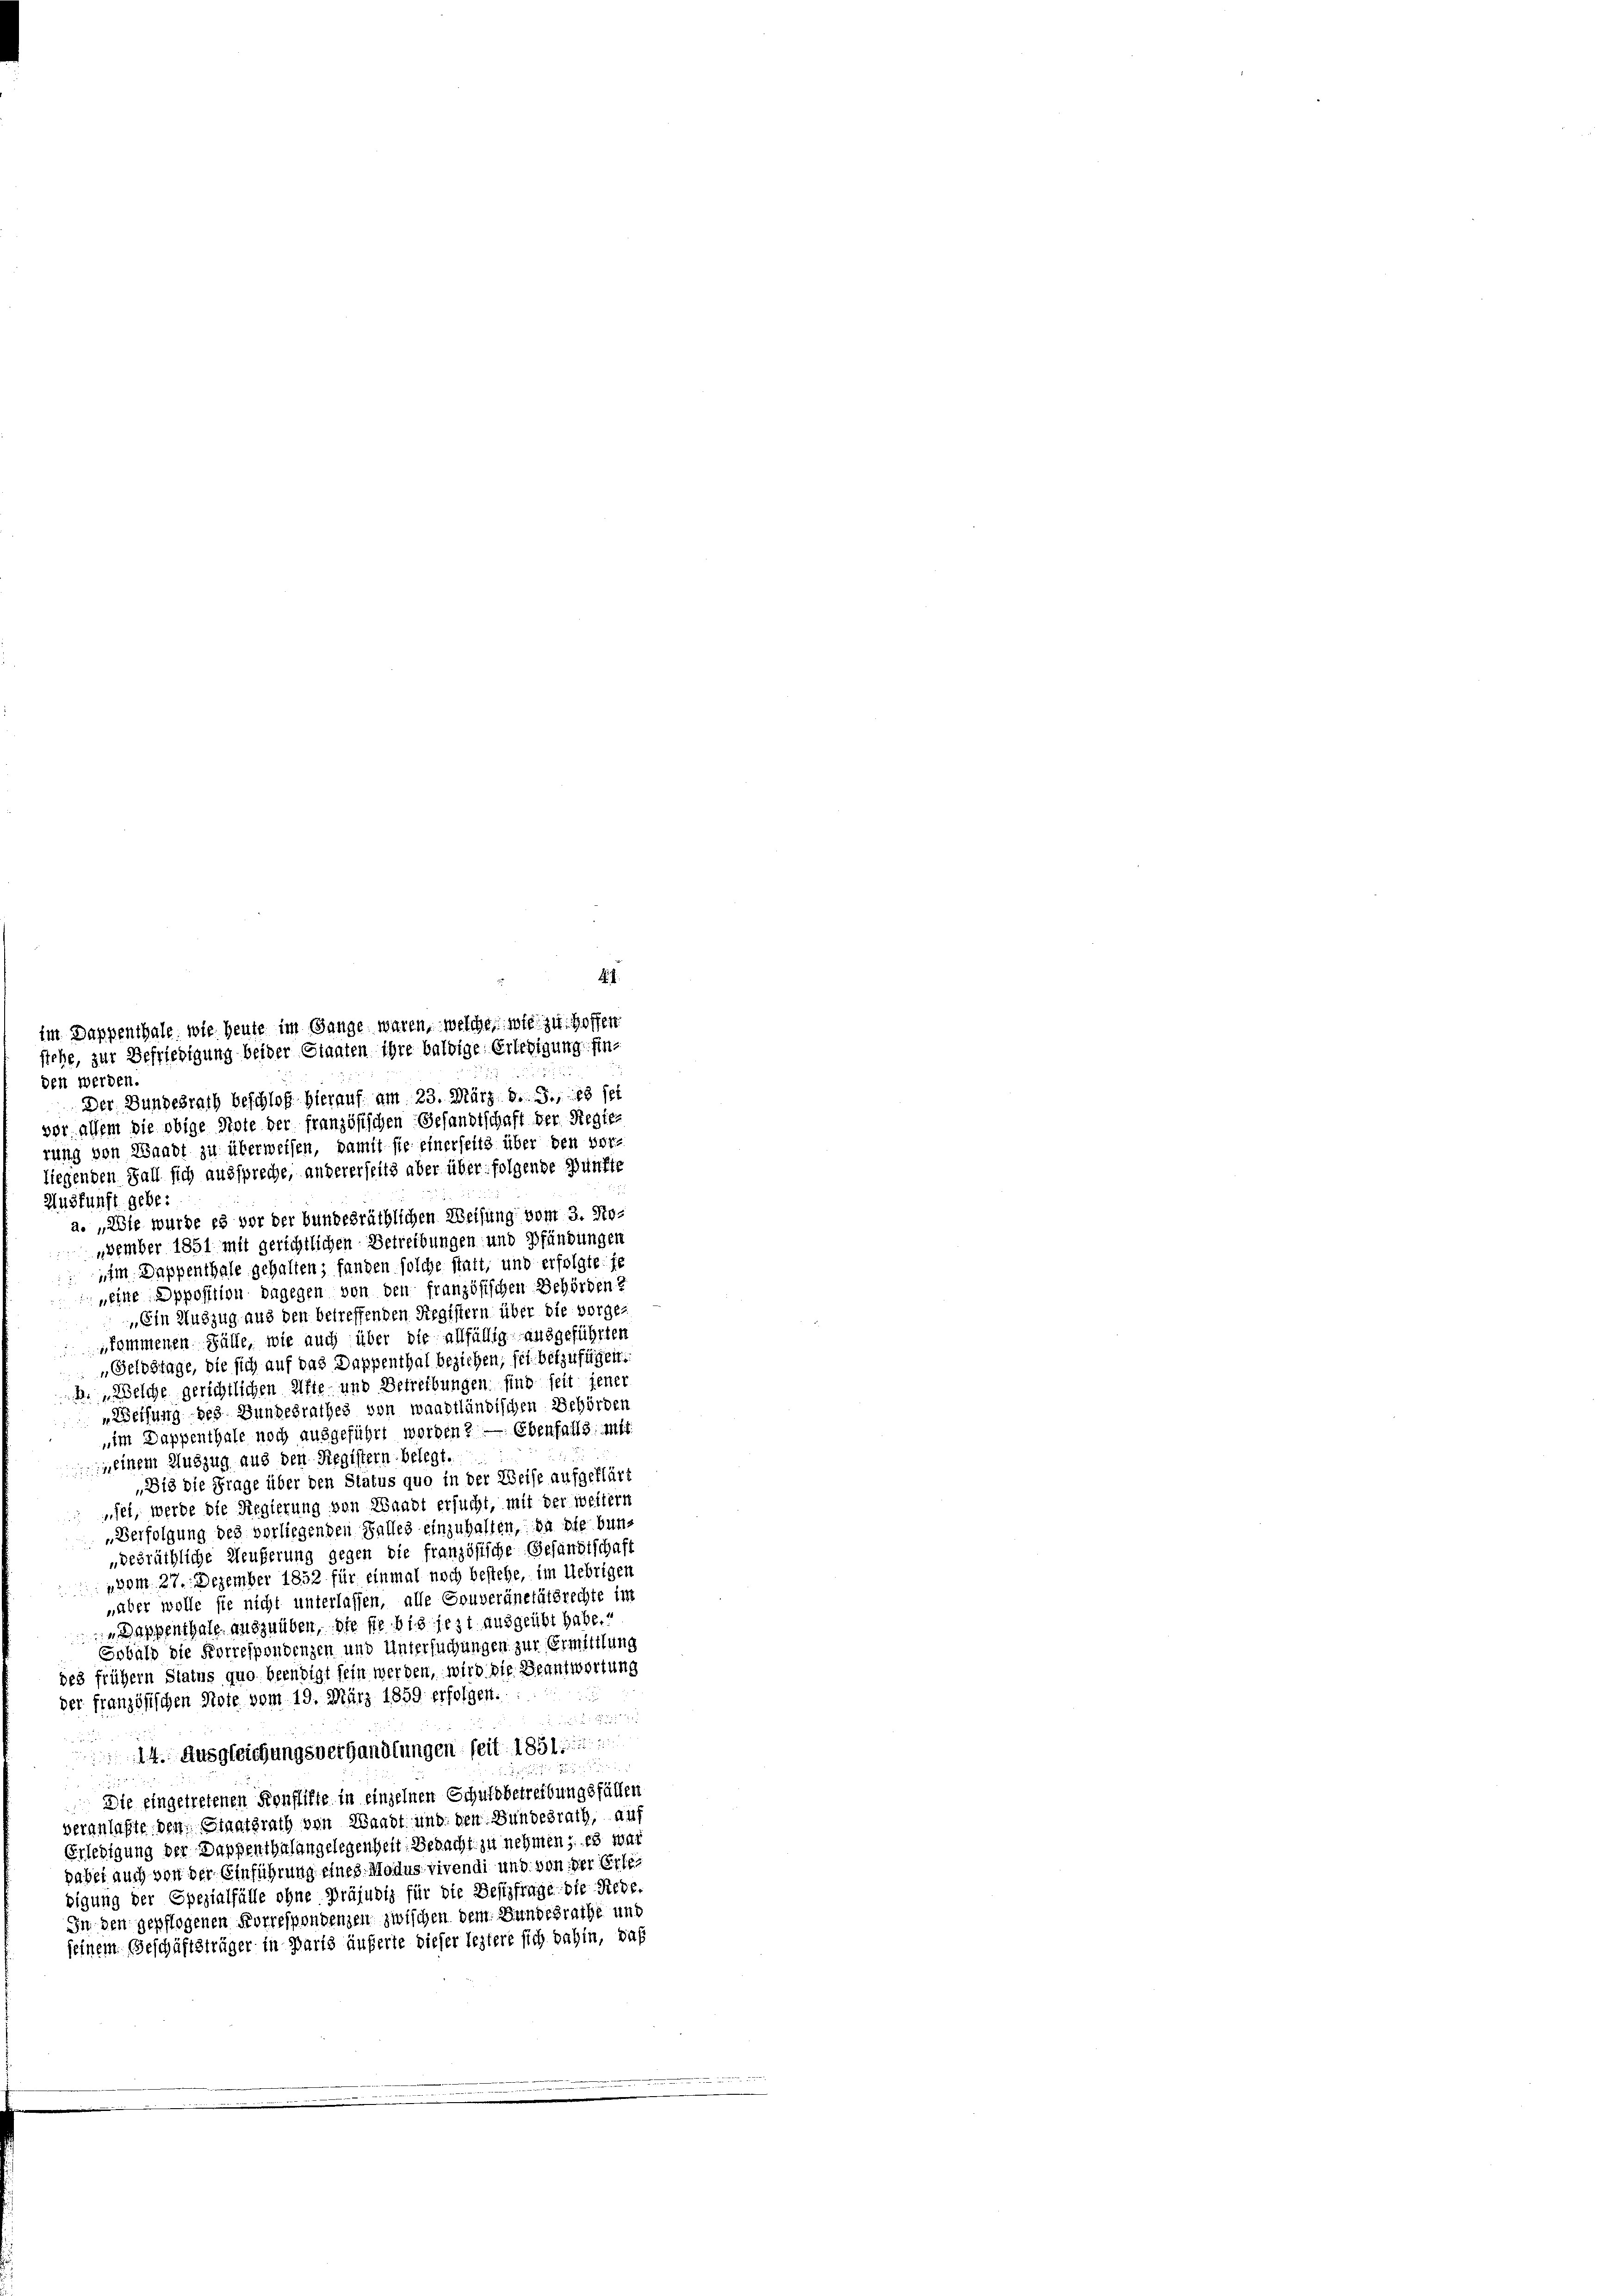
den werden
Der Bundesrath beschloß hierauf am 23. März d. J., es sel

4.7.

vor, allem die obige Note der französischen Gesandtschaft der Regier
rung von Waadt zu überweisen, damit sie einerseits über den vor-
liegenden Fall sich ausspreche, andererseits aber über folgende Zünfte
Auskunft gebe.
a. „Wie wurde es vor der bundesräthlichen Weisung vom 3. Noezember 1851 mit gerichtlichen Betreibungen und Pfündungen
im Dappenthale gehalten; fanden solche statt, und erfolgte je
„eine Opposition dagegen von den französischen Behörden?
„Ein Auszug aus den betreffenden Registern über die vorge-
kommenen Fälle, wie auch über die allfällig ausgeführten
„Geldstage, die sich auf das Dappenthal beziehen, fei beizufügen.
b. Welche gerichtlichen Afte und Betreibungen sind seit jener
„Weisung des Bundesrathes von waadtländischen Behörden
„im Dappenthale noch ausgeführt worden? — Ebenfalls mit
, einem Auszug aus den Registern belegt.
Dis die Frage über den Status quo in der Weise aufgeklärt
fel, werde die Regierung von Waadt ersucht, mit der weitern
Verfolgung des vorliegenden Falles einzuhalten, da sie bun-
„gesräthliche Neuferung gegen die französische Gesandtschaft
" vom 27. Dezember 1852 für einmal noch bestehe, im Uebrigen
„aber wolle sie nicht unterlassen, alle Gouveränetätsrechte im
 Dappenthale auszuüben, die sie bis jezt ausgeübt habe.
Sobald die Korrespondenzen und Untersuchungen zur Ermittlung
des frühern Status quo beendigt sein werden, wird die Beantwortung
der französischen Riete vom 19. März 1859 erfolgen.

B
14. Ausgleichungsverhandlungen seit 1851

u
Die eingetretenen Konflikte in einzelnen Schuldbetreffungsfällen
veranlaßte den Staatsrath von Waadt und den Bundesrath, auf
Erledigung der Dappenthalangelegenheit Bedacht zu nehmen; es war
pabei auch von der Einführung eines Modus vivendi und von der Erle
bigung der Spezialfälle ohne Präjudiz für die Bestzfrage die Riebe.
In den gepflogenen Korrespondenzen zwischen dem Bundesrathe und
seinem Geschäftsträger in Paris äußerte dieser leztere sich dahin, daß

im Dappenthale, wie heute im Gange waren, welche wie zu Hoffen
stehe, zur Befriedigung beider Staaten ihre baldige Erledigung fine